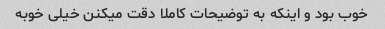
خوب بود و اینکه به توضیحات کاملا دقت میکنن خیلی خوبه